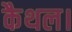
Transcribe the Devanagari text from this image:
कैथल।